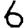
Digit: 6